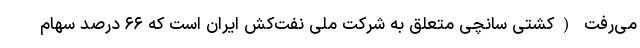
می‌رفت (کشتی سانچی متعلق به شرکت ملی نفت‌کش ایران است که ۶۶ درصد سهام